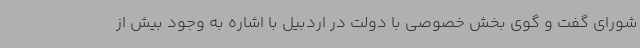
شورای گفت و گوی بخش خصوصی با دولت در اردبیل با اشاره به وجود بیش از